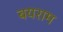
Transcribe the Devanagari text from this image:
बयराम